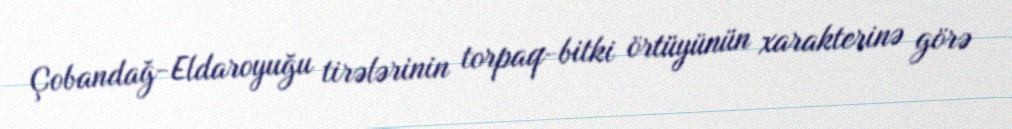
Çobandağ-Eldaroyuğu tirələrinin torpaq-bitki örtüyünün xarakterinə görə